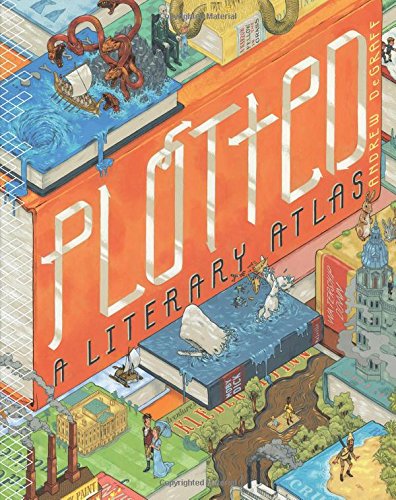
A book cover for Plotted: A Literary Atlas; Andrew DeGraff; Humor & Entertainment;